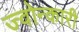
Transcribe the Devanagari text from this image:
ज्वोन्कारी